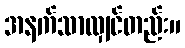
အနက်သာလျှင်တည်း။